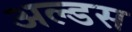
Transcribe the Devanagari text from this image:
अल्डस